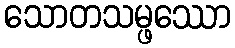
သောတသမ္ဖဿော